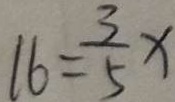
1 6 = \frac { 3 } { 5 } x